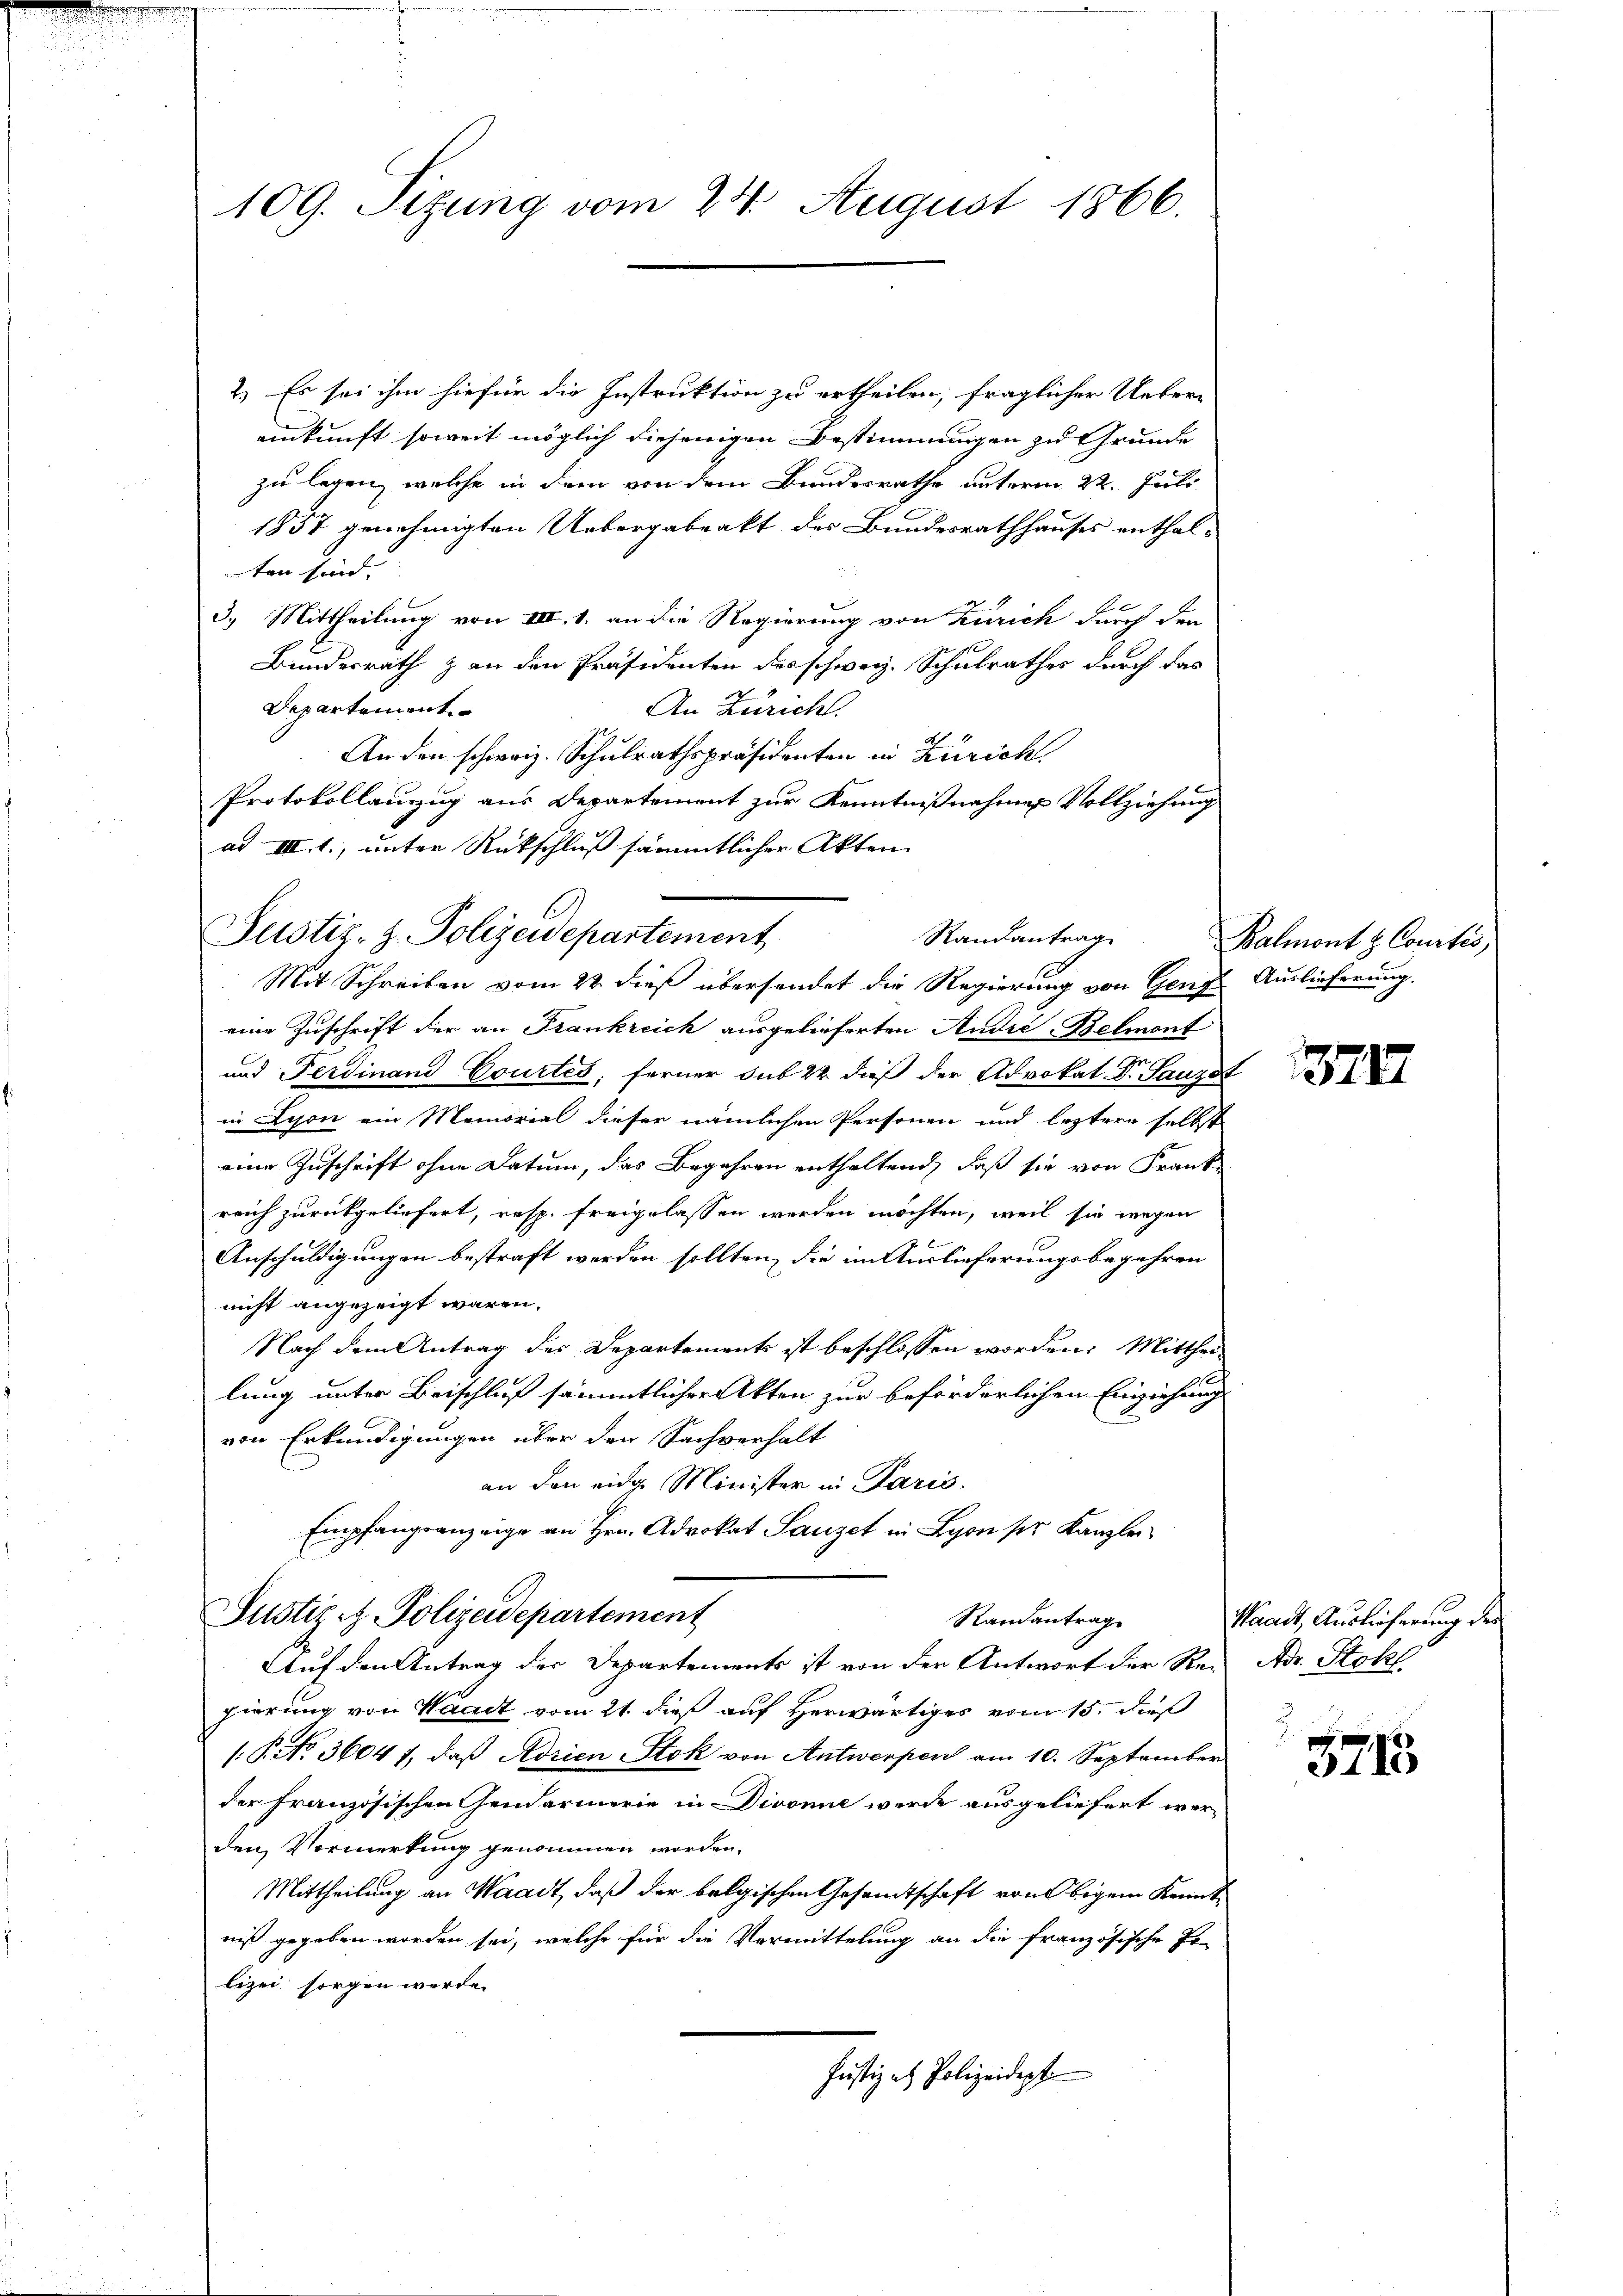
109. Sizung vom 24. August 1866.

2.) Es sei ihm hiefür die Instruktion zu ertheilen, fraglicher Uebereinkunft soweit möglich diejenigen Bestimmungen zu Grunde
zu legen, welche in dem von dem Bundesrathe unterm 22. Juli
1857 genehmigten Uebergabeakt des Bundesrathhauses enthal-
ten sind.
3.) Mittheilung von III. 1. an die Regierung von Zürich durch den
Bundesrath & an den Präsidenten des schweiz. Schulrathes durch das
Departement
An Züricht.
An den schweiz. Schulrathspräsidenten in Zürich
Protokollauzug aus Departement zur Kenntnißnahmen Vollziehung
ad III. 1., unter Rückschluß sämmtlicher Akten
Justiz- & Polizeidepartement
Mit Schreiben vom 22. dieß übersendet die Regierung von Genze Auslieferung.
eine Zuschrift der an Frankreich ausgelieferten André-Belmont
und Ferdinand Courtes, ferner sub 22 dieß der Advokat Dr. Saugst
in Lyon ein Memorial dieser nämlichen Personen und leztere selbst
eine Zuschrift ohne Datum, das Begehren enthaltend, daß sie von Frank
reich zurückgeliefert, resp. freigelassen werden möchten, weil sie wegen
Anschuldigungen bestraft werden sollten, die im Auslieferungsbegehren
nicht angezeigt wären.
Nach dem Antrag der Departements ist beschlossen worden. Mittheilung unter Beischluß sämmtlicher Akten zur beförderlichen Einziehung
von Erkundigungen über den Sachverhalt
an den eidge Minister in Paris.
Empfangsanzeige an Hrn. Advokat Sauzet in Lyon ser Kanzlei
Justiz - Polizeidepartement
Randantrag
Auf den Antrag der Departements ist von der Antwort der Re-
pierung von Waadt vom 21. dieß auf Herwärtiges vom 15. dieß
[§ NNo. 36047, daß Adrien Stok von Antwerpen am 10. September
der französischen Gendarmerie in Divonie werde ausgeliefert werden Vormerkung genommen worden.
Mittheilung an Waadt, daß der belgischen Gesamtschaft von begein Kenntniß gegeben worden sei, welche für die Vormittelung an die französische Er-
lizei sorgen werde.
Justiz et Polizeidept

Randantrag

Balmont z. Contis

1374

3213

Waadt, Auslieferung der
Adr. Stokl